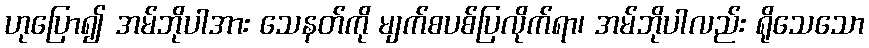
ဟုပြော၍ အမ်ဘိုပါအား သေနတ်ကို မျက်စပစ်ပြလိုက်ရာ၊ အမ်ဘိုပါလည်း ရိုသေသော